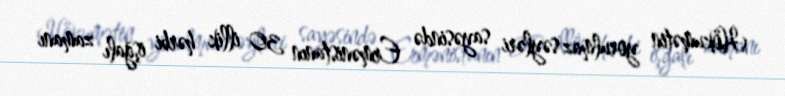
Hökumətin yorulmaz səyləri sayəsində Ermənistanın 30 illik hərbi işğalı zamanı